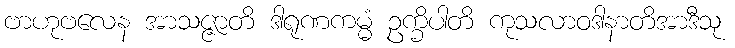
ဗာဟုဗလေန အာသဇ္ဇာတိ ဒါရုဏကမ္မံ ဥက္ခိပါတိ ကုသလာဝဒါနာတိအာဒီသု